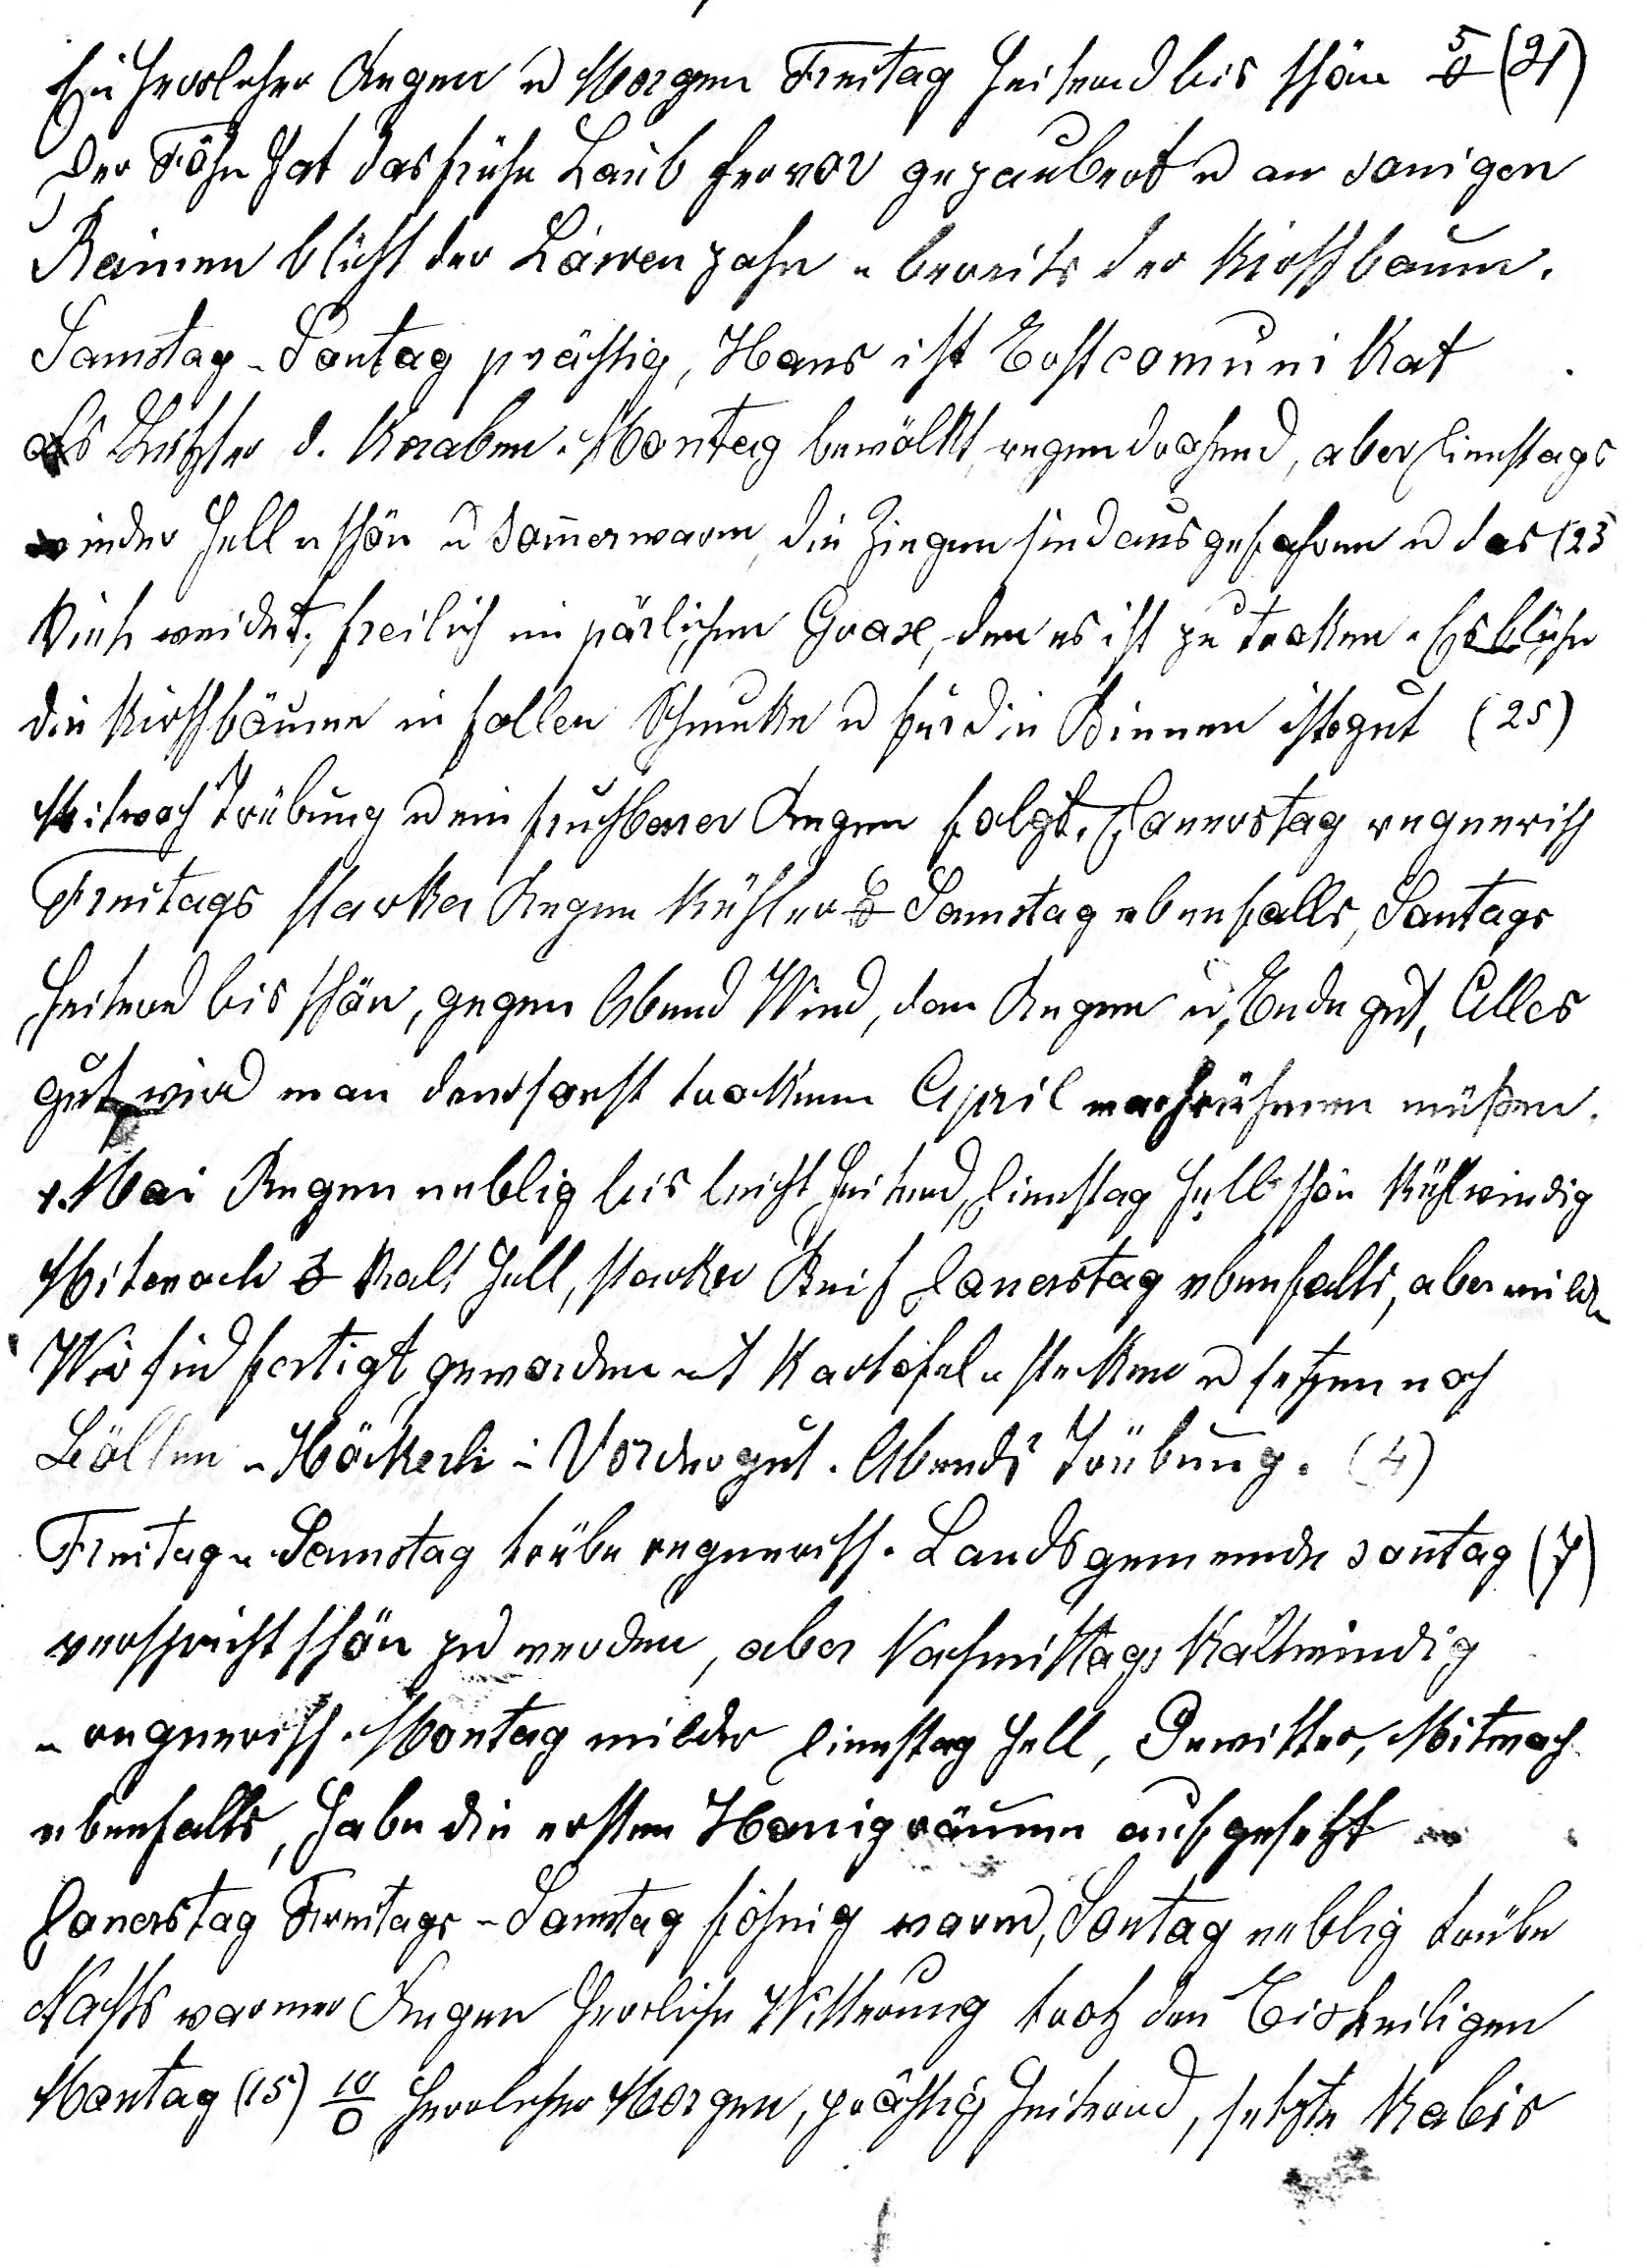
Ein herrlicher Regen u Morgen Freitag heiternd bis schön 5o (21).
Der Föhn hat das frühe Laub hervor gezaubert u an sonigen
Rainen blüht der Löwenzahn u bereits der Kirschbaum.
Samstag u Sontag prächtig, Hans ist Erstcomunikat,
als Letzter d. Kna¬ben. Montag bewölkt regendrohend, aber Dienstags
wieder hell u schön u sommerwarm, die Ziegen sind ausgefahren u das (23.)
Vieh weidet freilich im spärlichen Grase, den es ist zu troken. Es blühn
die Kirschbäume im follen Schmuke u für die Bienen ists gut (25.).
Mitwoch Trübung u ein fruchtbarer Regen folgt. Donerstag regnerisch
Freitags starker Regen kühler 6o Samstag ebenfalls, Sontags
heiternd bis schön, gegen Abend Wind, dan Regen u, Ende gut, Alles
gut, wird man den sonst trockenen April nachrühmen müssen.
1.Mai Regen neblig bis leicht heiternd, Dienstag hell schön kühl windig
Mitwoch 1o kalt hell, starker Reif Donerstag ebenfalls, aber milder.
Wir sind fertig geworden mit Kartofeln stecken u setzen noch
Böllen u Höckerli im Vordergut. Abends Trübung. (4.)
Freitag u Samstag trübe regnerisch. Landsgemeinde¬sontag (7.)
verspricht schön zu werden, aber Vormittags kalt windig
u regnerisch. Montag milder Dienstag hell, Gewitter, Mitwoch
ebenfalls, habe die ersten Honigräume aufgesetzt.

Donerstag Freitags u Samstag warm, Sontag neblig trübe
Nachts warmer Regen herrliche Witterung trotz den Eisheiligen
Montag (15.) 10o herrlicher Morgen, prächtig heiternd, letzter Kabis